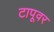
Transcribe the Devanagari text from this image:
टापूवर